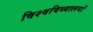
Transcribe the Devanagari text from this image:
विश्वविध्यालयों